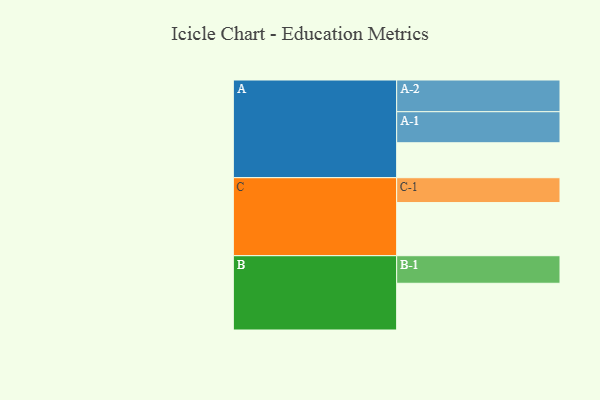
{"axis": {"x": "Segment", "y": "Value"}, "legend": ["", "A", "B", "C"], "data": [{"x": "A", "y": 312, "type": ""}, {"x": "B", "y": 417, "type": ""}, {"x": "C", "y": 474, "type": ""}, {"x": "A-1", "y": 277, "type": "A"}, {"x": "A-2", "y": 283, "type": "A"}, {"x": "B-1", "y": 246, "type": "B"}, {"x": "C-1", "y": 222, "type": "C"}]}